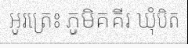
អូរត្រេះ ភូមិគគីរ ឃុំបិត